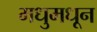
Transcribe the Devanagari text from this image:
मधुमधून